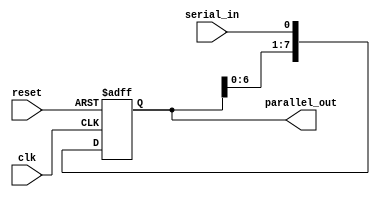
module SIPO_shift_register (
  input clk,
  input reset,
  input serial_in,
  output reg [7:0] parallel_out
);

reg [7:0] shift_reg;

always @(posedge clk or posedge reset)
begin
  if (reset)
    shift_reg <= 8'b00000000;
  else
    begin
      shift_reg <= {shift_reg[6:0], serial_in};
    end
end

assign parallel_out = shift_reg;

endmodule